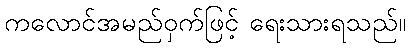
ကလောင်အမည်ဝှက်ဖြင့် ရေးသားရသည်။